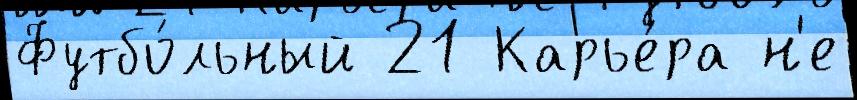
Футбо́льный 21 Карье́ра н'е